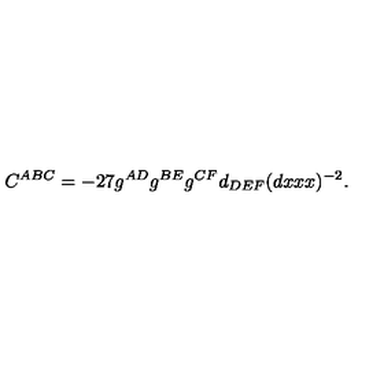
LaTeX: C ^ { A B C } = - 2 7 g ^ { A D } g ^ { B E } g ^ { C F } d _ { D E F } ( d x x x ) ^ { - 2 } .